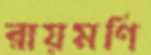
রায়মণি